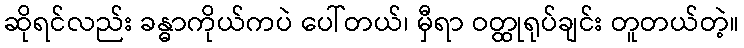
ဆိုရင်လည်း ခန္ဓာကိုယ်ကပဲ ပေါ်တယ်၊ မှီရာ ဝတ္ထုရုပ်ချင်း တူတယ်တဲ့။